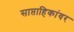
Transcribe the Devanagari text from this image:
साप्ताहिकांवर